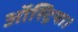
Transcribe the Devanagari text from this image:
ऑस्ट्रिया।